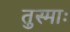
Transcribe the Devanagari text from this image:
तुस्माः